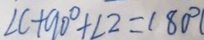
\angle C + 9 0 ^ { \circ } + \angle 2 = 1 8 0 ^ { \circ }